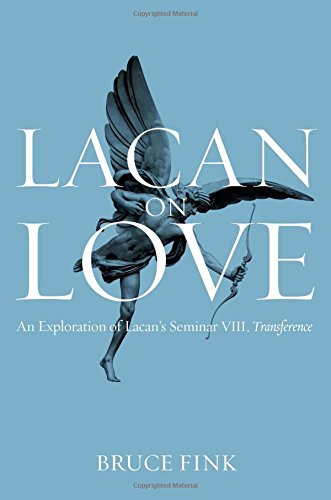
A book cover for Lacan on Love: An Exploration of Lacan's Seminar VIII, Transference; Bruce Fink; Medical Books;